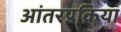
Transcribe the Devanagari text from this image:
आंतरप्रक्रिया